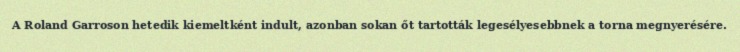
A Roland Garroson hetedik kiemeltként indult, azonban sokan őt tartották legesélyesebbnek a torna megnyerésére.